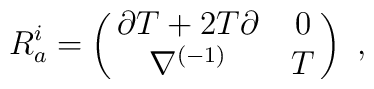
R^i_a=\pmatrix{\partial T+2T\partial & 0 \cr \nabla^{(-1)} & T \cr}\ ,